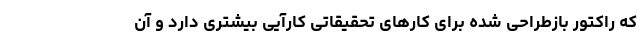
که راکتور بازطراحی شده برای کارهای تحقیقاتی کارآیی بیشتری دارد و آن